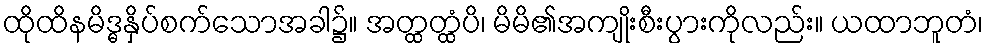
ထိုထိနမိဒ္ဓနှိပ်စက်သောအခါ၌။ အတ္ထတ္ထံပိ၊ မိမိ၏အကျိုးစီးပွားကိုလည်း။ ယထာဘူတံ၊